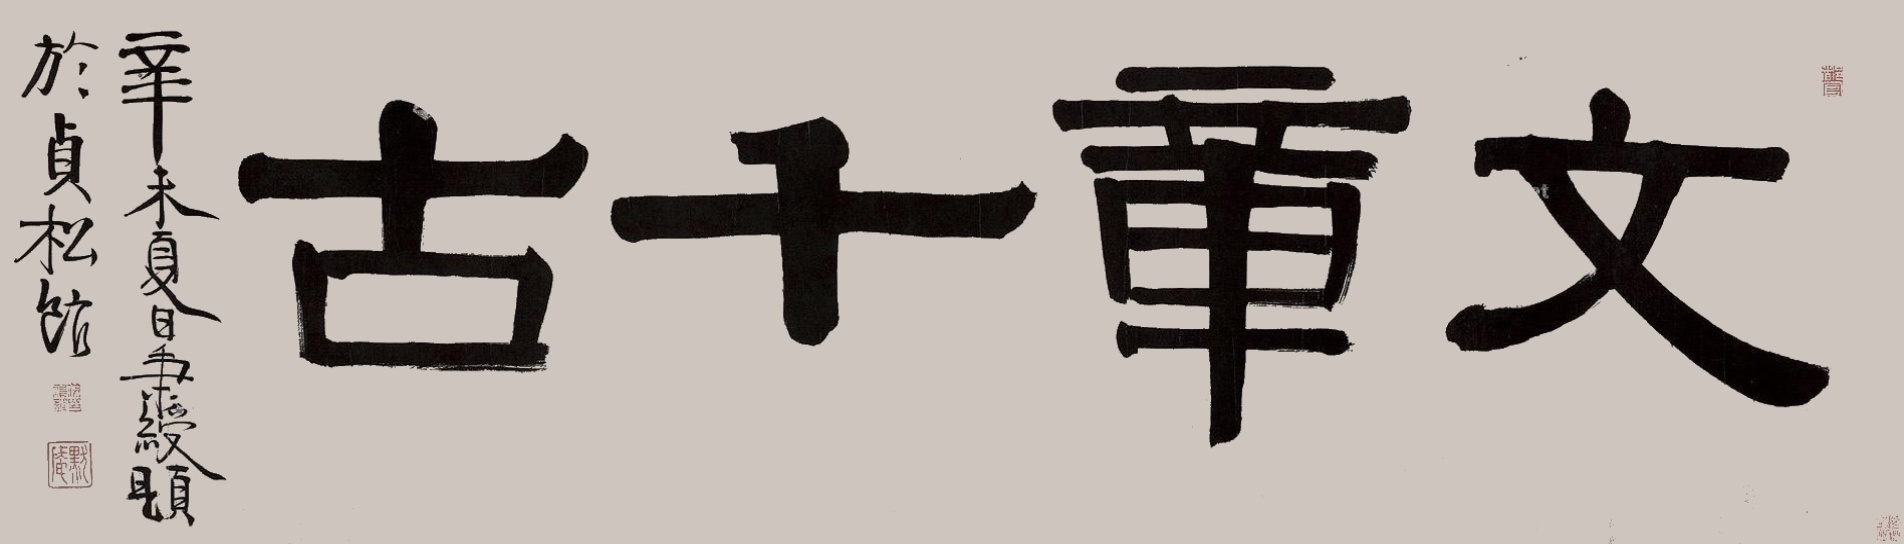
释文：文章千古。辛未夏日，秉绶题于贞松馆。